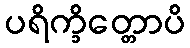
ပရိက္ခိတ္တောပိ